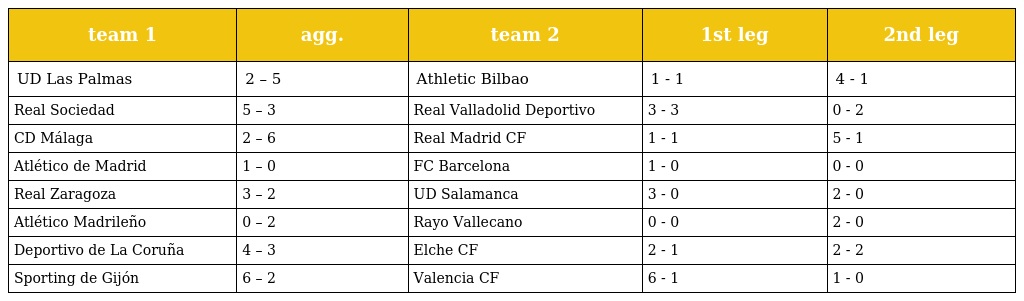
| team 1 | agg. | team 2 | 1st leg | 2nd leg |
 | --- | --- | --- | --- | --- |
 | UD Las Palmas | 2 – 5 | Athletic Bilbao | 1 - 1 | 4 - 1 |
 | Real Sociedad | 5 – 3 | Real Valladolid Deportivo | 3 - 3 | 0 - 2 |
 | CD Málaga | 2 – 6 | Real Madrid CF | 1 - 1 | 5 - 1 |
 | Atlético de Madrid | 1 – 0 | FC Barcelona | 1 - 0 | 0 - 0 |
 | Real Zaragoza | 3 – 2 | UD Salamanca | 3 - 0 | 2 - 0 |
 | Atlético Madrileño | 0 – 2 | Rayo Vallecano | 0 - 0 | 2 - 0 |
 | Deportivo de La Coruña | 4 – 3 | Elche CF | 2 - 1 | 2 - 2 |
 | Sporting de Gijón | 6 – 2 | Valencia CF | 6 - 1 | 1 - 0 |